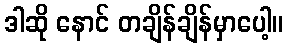
ဒါဆို နောင် တချိန်ချိန်မှာပေါ့။